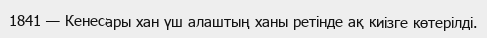
1841 — Кенесары хан үш алаштың ханы ретінде ақ киізге көтерілді.